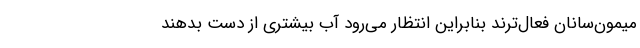
میمون‌سانان فعال‌ترند بنابراین انتظار می‌رود آب بیشتری از دست بدهند